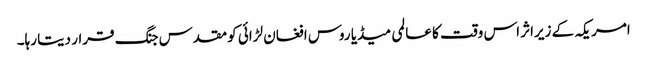
امریکہ کے زیراثر اس وقت کا عالمی میڈیا روس افغان لڑائی کو مقدس جنگ قرار دیتا رہا۔